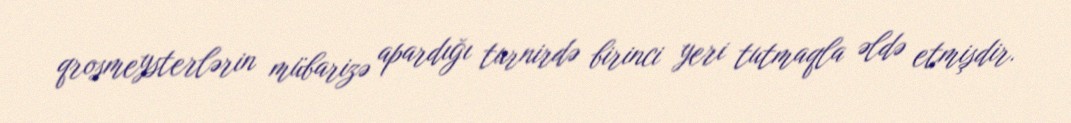
qrosmeysterlərin mübarizə apardığı turnirdə birinci yeri tutmaqla əldə etmişdir.